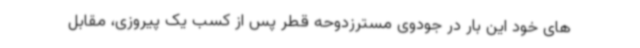
های خود این بار در جودوی مسترزدوحه قطر پس از کسب یک پیروزی، مقابل